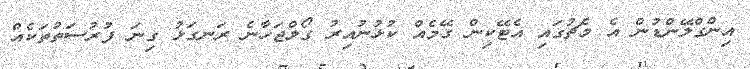
އިންގްލޭންޑުން އެ މެޗުގައި އެޓޭކިން ގޭމެއް ކުޅުނުއިރު ގޯލްޖަހާނެ ރަނގަޅު ގިނަ ފުރުސަތުތަކެއް